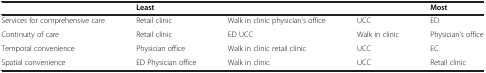
<table><thead><tr><td><b> </b></td><td><b>Least</b></td><td><b> </b></td><td><b> </b></td><td><b>Most</b></td></tr></thead><tbody><tr><td>Services for comprehensive care</td><td>Retail clinic</td><td>Walk in clinic physician’s office</td><td>UCC</td><td>ED</td></tr><tr><td>Continuity of care</td><td>Retail clinic</td><td>ED UCC</td><td>Walk in clinic</td><td>Physician’s office</td></tr><tr><td>Temporal convenience</td><td>Physician office</td><td>Walk in clinic retail clinic</td><td>UCC</td><td>EC</td></tr><tr><td>Spatial convenience</td><td>ED Physician office</td><td>Walk in clinic</td><td>UCC</td><td>Retail clinic</td></tr></tbody></table>